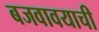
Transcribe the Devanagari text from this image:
बजवावयाची